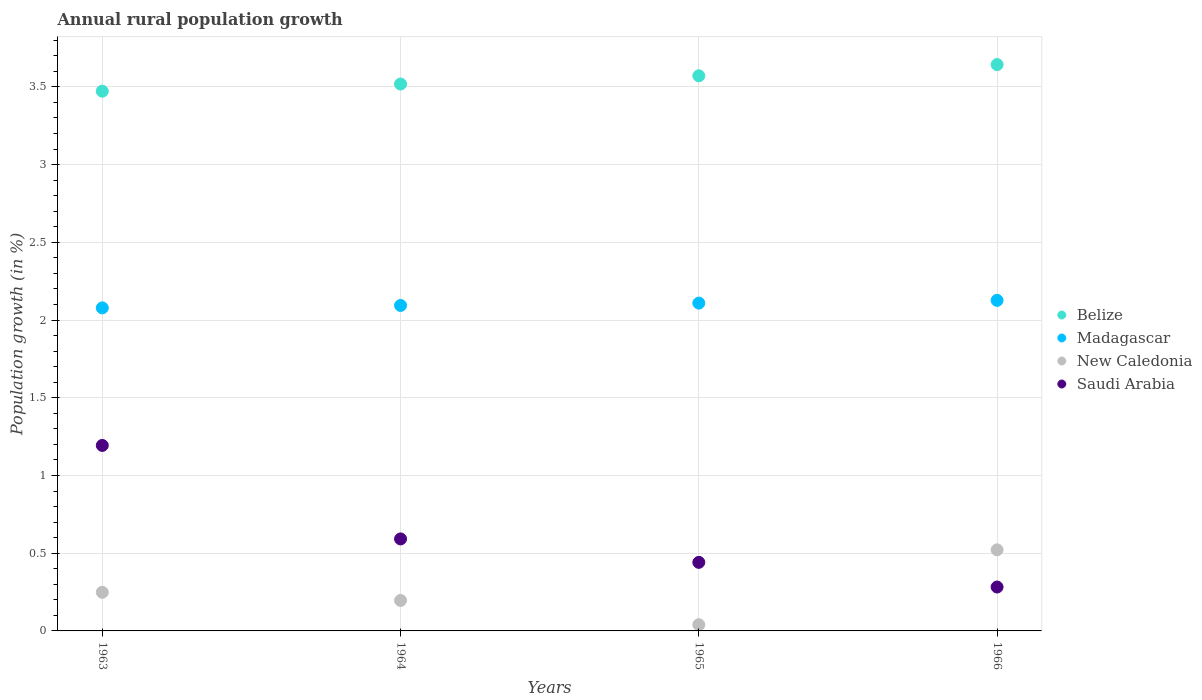
| Years | Belize | Madagascar | New Caledonia | Saudi Arabia |
 | --- | --- | --- | --- | --- |
 | 1963 | 3.47 | 2.08 | 0.248 | 1.19 |
 | 1964 | 3.52 | 2.09 | 0.196 | 0.592 |
 | 1965 | 3.57 | 2.11 | 0.0399 | 0.441 |
 | 1966 | 3.64 | 2.13 | 0.522 | 0.282 |